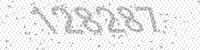
Solution: 128287